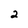
Character: 2